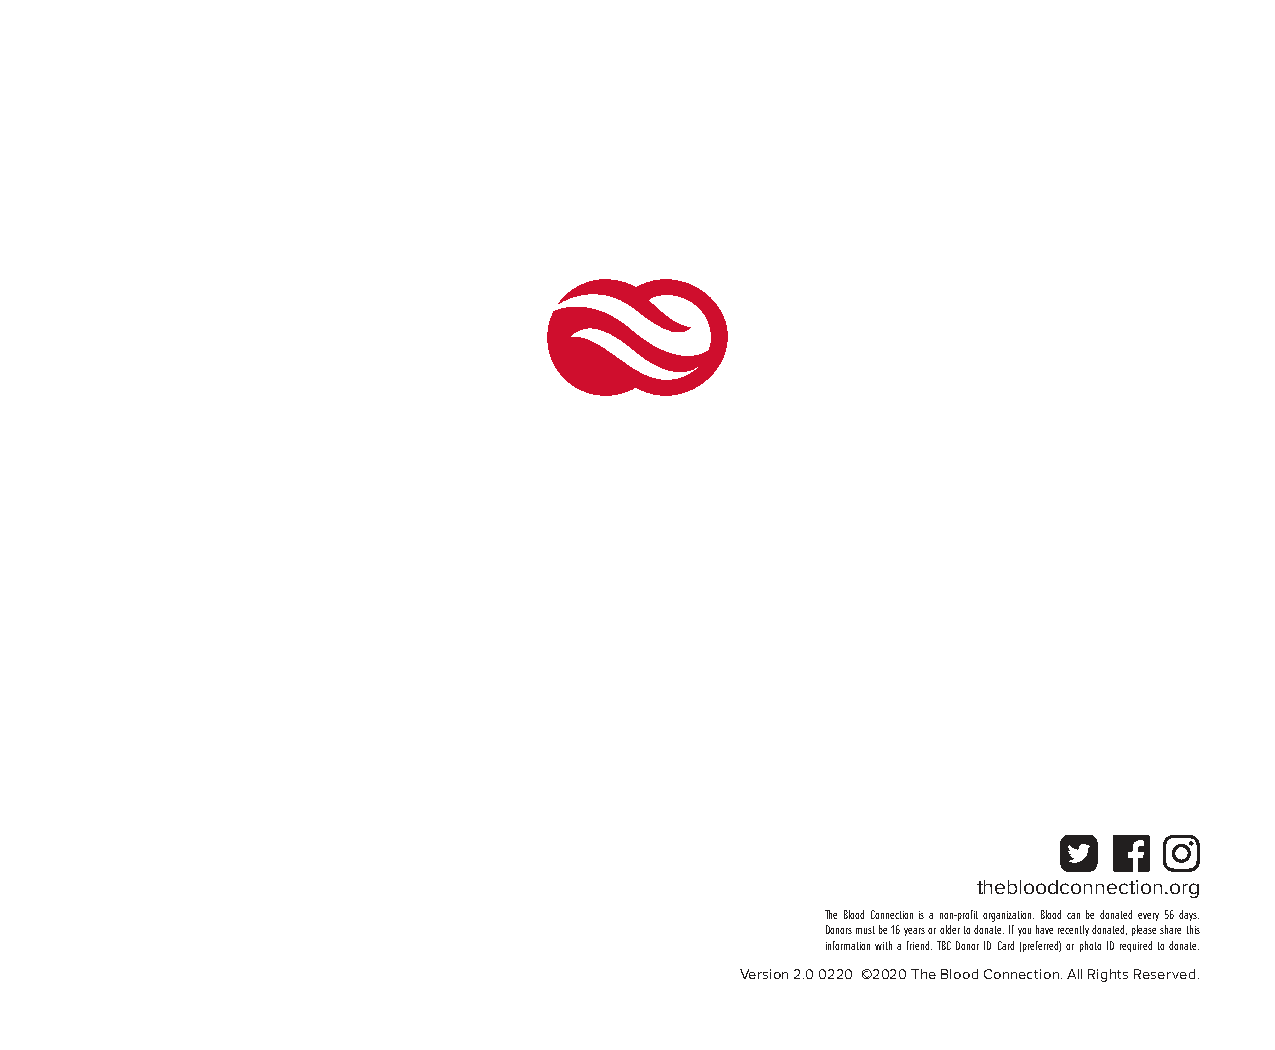
thebloodconnection.org
 The Blood Connection is a non-profit organization. Blood can be donated every 56 days.
 Donors must be 16 years or older to donate. If you have recently donated, please share this
 information with a friend. TBC Donor ID Card (preferred) or photo ID required to donate.
 Version 2.0 0220 ©2020 The Blood Connection. All Rights Reserved.